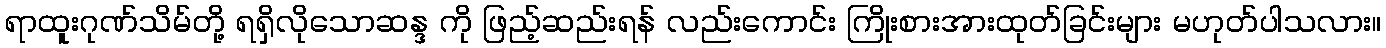
ရာထူးဂုဏ်သိမ်တို့ ရရှိလိုသောဆန္ဒ ကို ဖြည့်ဆည်းရန် လည်းကောင်း ကြိုးစားအားထုတ်ခြင်းများ မဟုတ်ပါသလား။